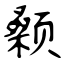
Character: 颡